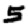
Digit: 5